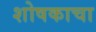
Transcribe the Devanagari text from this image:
शोषकाचा